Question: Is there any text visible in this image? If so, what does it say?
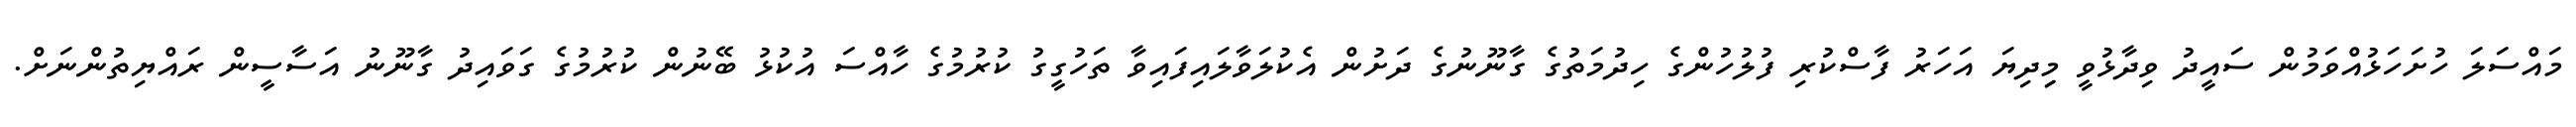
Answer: މައްސަލަ ހުށަހަޅުއްވަމުން ސައީދު ވިދާޅުވީ މިިދިޔަ އަހަރު ފާސްކުރި ފުލުހުންގެ ހިދުމަތުގެ ގާނޫނުގެ ދަށުން އެކުލަވާލައިފައިވާ ތަހުގީގު ކުރުމުގެ ހާއްސަ އުކުޅު ބޭނުން ކުރުމުގެ ގަވައިދު ގާނޫނު އަސާސީން ރައްޔިތުންނަށް.